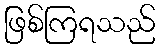
ဖြစ်ကြရသည်